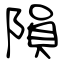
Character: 隕